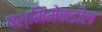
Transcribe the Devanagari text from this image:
पश्मिमेकडील